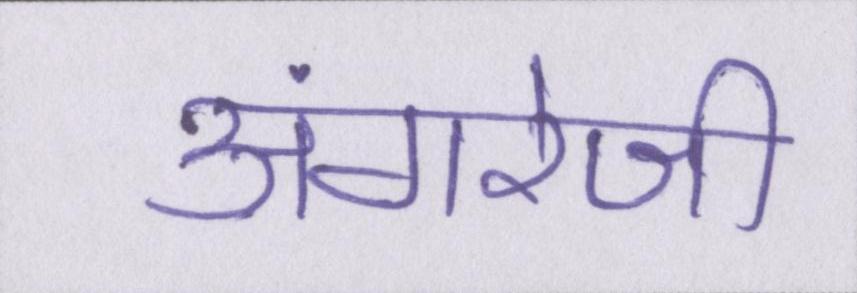
अंगरेजी